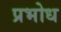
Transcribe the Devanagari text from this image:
प्रभोध